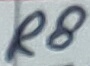
Text: R8